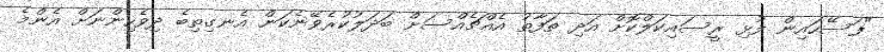
"ފަސޭހައިން ފުޅި ރީސައިކަލްކޮށް އަދި ތަފާތު އެއްޗެއްސަށް ބަދަލުކުރެވޭނެކަން އެނގިތިބެ ދިވެހިންނަށް އެންމެ